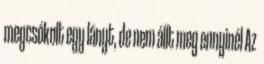
megcsókolt egy lányt, de nem állt meg ennyinél Az